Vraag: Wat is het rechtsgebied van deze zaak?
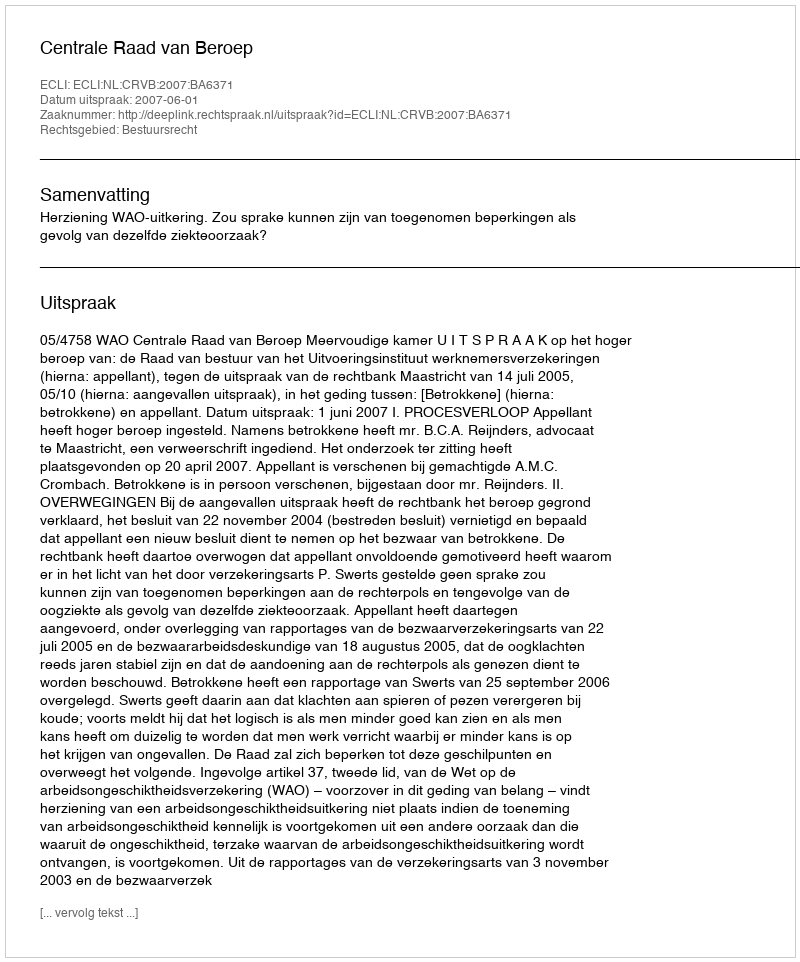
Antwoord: Bestuursrecht